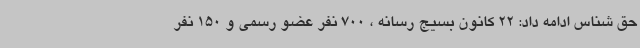
حق شناس ادامه داد: 22 کانون بسیج رسانه ، 700 نفر عضو رسمی و 150 نفر